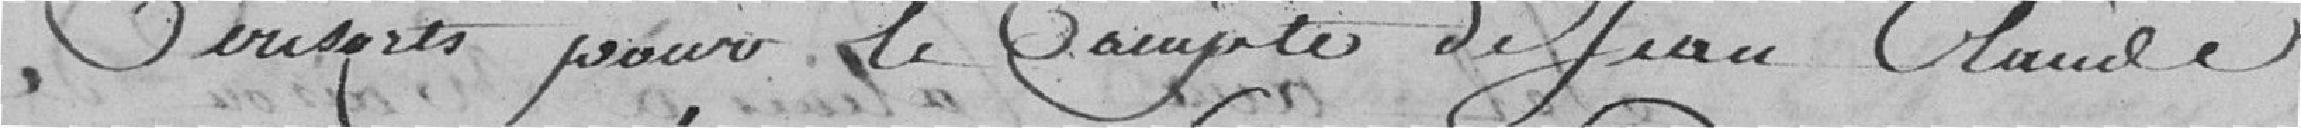
Consorts pour le compte de Jean-Claude